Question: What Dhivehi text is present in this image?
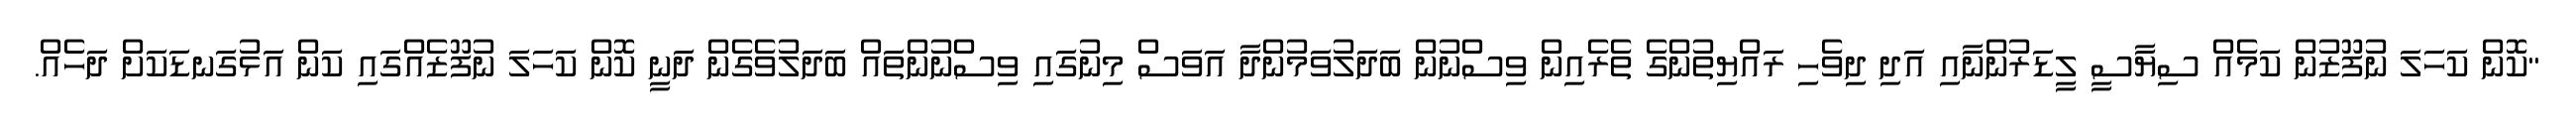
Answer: "ކޮން ކަހަލަ ނުފޫޒުން ކަމެއް ސިޔާސީ ލީޑަރުންނާއި އަދި ދިވެހި ރައްޔިތުންގެ ތެރެއިން ވިސްނުން ބަދަލުވަމުންދާ އަވަސް މިނުގައި ވިސްނުންތައް ބަދަލުވެގެން ދަނީ ކޮން ކަހަލަ ނުފޫޒެއްގައި ކަން އަޅުގަނޑަކަށް ދަހެއް.